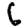
Digit: 6